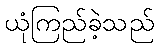
ယုံကြည်ခဲ့သည်